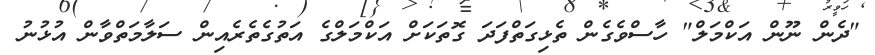
"ދެން ނޫން އަކްމަލް" ހާސްވެގެން ތެޅިގަތްފަދަ ގޮތަކަށް އަކްމަލްގެ އަތުގެތެރެއިން ސަލާމަތްވާން އުޅުނު